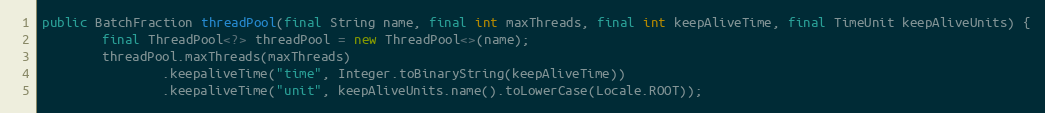
Language: Java
public BatchFraction threadPool(final String name, final int maxThreads, final int keepAliveTime, final TimeUnit keepAliveUnits) {
        final ThreadPool<?> threadPool = new ThreadPool<>(name);
        threadPool.maxThreads(maxThreads)
                .keepaliveTime("time", Integer.toBinaryString(keepAliveTime))
                .keepaliveTime("unit", keepAliveUnits.name().toLowerCase(Locale.ROOT));